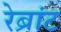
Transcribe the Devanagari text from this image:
रेब्रांट